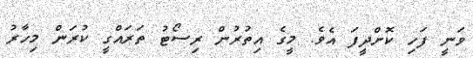
ވަނީ ފަހި ކޮށްދީފަ އެވެ. މީގެ އިތުރުން ރިސޯޓު ތަރައްގީ ކުރަން މިހާރު